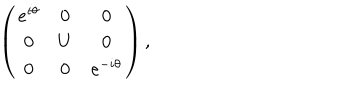
\left( \begin{matrix} { { e ^ { i \theta } } } & { { 0 } } & { { 0 } } \\ { { 0 } } & { { U } } & { { 0 } } \\ { { 0 } } & { { 0 } } & { { e ^ { - i \theta } } } \\ \end{matrix} \right) ,